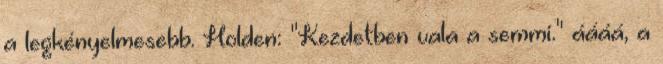
a legkényelmesebb. Holden: "Kezdetben vala a semmi." áááá, a